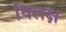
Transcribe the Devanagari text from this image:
विलक्ष